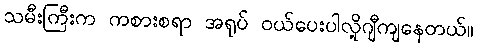
သမီးကြီးက ကစားစရာ အရုပ် ဝယ်ပေးပါလို့ဂျီကျနေတယ်။